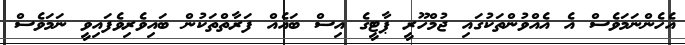
އެހެންނަމަވެސް އެ އެއްވުންތަކުގައި ޖުމްހޫރީ ޕާޓީގެ އިސް ބައެއް ފަރާތްތަކުން ބައިވެރިވެފައިވީ ނަމަވެސް